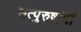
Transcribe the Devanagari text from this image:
सत्‍पुरुषांची